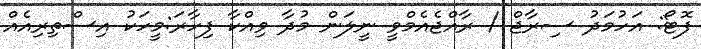
ފޮޓޯ: އަހުމަދު ސިރާޖް / ރާއްޖެއެމްވީ ނީލަން މުދާ ވިއްކާ ފިހާރަ:މީހަކު އިސްތިރިއެއް